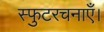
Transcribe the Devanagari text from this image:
स्फुटरचनाएँ।